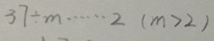
3 7 \div m \cdots 2 ( m > 2 )